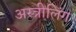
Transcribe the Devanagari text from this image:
अस्त्रीलिंग